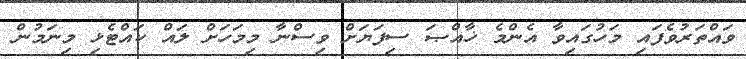
ވައްތަރުވެފައި މަހުގައިވާ އެންމެ ޚާއްޞަ ސިފަޔަށް ވިސްނާ މިމަހަށް ލައް ކައްޓެޅި މިނަމުން